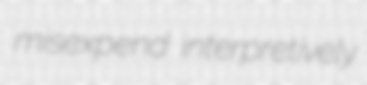
misexpend interpretively